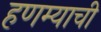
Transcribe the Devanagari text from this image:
हणम्याची